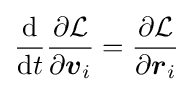
{\frac {\mathrm {d} }{\mathrm {d} t}}{\frac {\partial {\mathcal {L}}}{\partial {\boldsymbol {v}}_{i}}}={\frac {\partial {\mathcal {L}}}{\partial {\boldsymbol {r}}_{i}}}